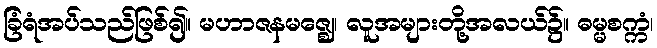
ခြံရံအပ်သည်ဖြစ်၍။ မဟာဇနမဇ္ဈေ၊ လူအများတို့အလယ်၌။ ဓမ္မစက္ကံ၊